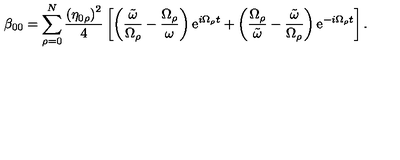
\beta _ { 0 0 } = \sum _ { \rho = 0 } ^ { N } \frac { \left( \eta _ { 0 \rho } \right) ^ { 2 } } { 4 } \left[ \left( \frac { \tilde { \omega } } { \Omega _ { \rho } } - \frac { \Omega _ { \rho } } { \omega } \right) \mathrm { e } ^ { i \Omega _ { \rho } t } + \left( \frac { \Omega _ { \rho } } { \tilde { \omega } } - \frac { \tilde { \omega } } { \Omega _ { \rho } } \right) \mathrm { e } ^ { - i \Omega _ { \rho } t } \right] .